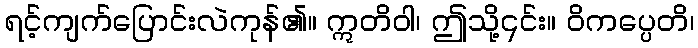
ရင့်ကျက်ပြောင်းလဲကုန်၏။ ဣတိဝါ၊ ဤသို့၎င်း။ ဝိကပ္ပေတိ၊